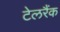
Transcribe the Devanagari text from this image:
टेलरैंक